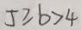
5 \geq b > 4